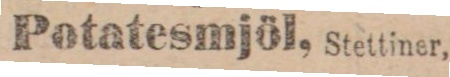
Potatesmjöl, Stettiner,